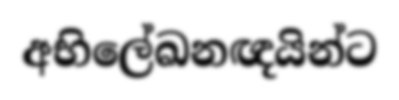
අභිලේඛනඥයින්ට